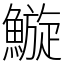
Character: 䲂